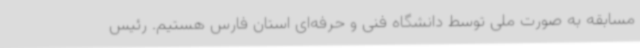
مسابقه به صورت ملی توسط دانشگاه فنی و حرفه‌ای استان فارس هستیم. رئیس